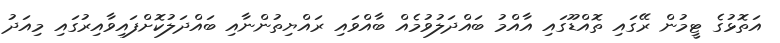
އަތޮޅުގެ ޓީމުން ރޭގައި ތޮއްޑޫގައި އާއްމު ބައްދަލުވުމެއް ބާއްވައި ރައްޔިތުންނާއި ބައްދަލުކޮށްފައިވާއިރުގައި މިއަދު